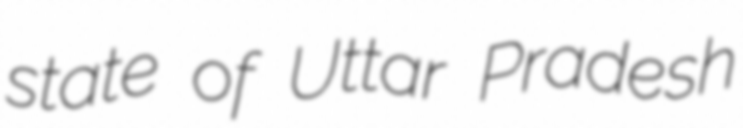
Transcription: state of Uttar Pradesh